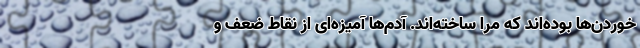
خوردن‌ها بوده‌اند که مرا ساخته‌اند. آدم‌ها آمیزه‌ای از نقاط ضعف و